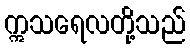
ဣသရေလတို့သည်